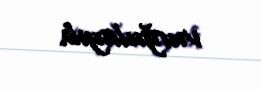
vurğulayıb.